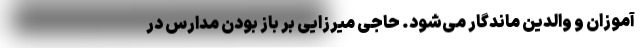
آموزان و والدین ماندگار می‌شود. حاجی میرزایی بر باز بودن مدارس در